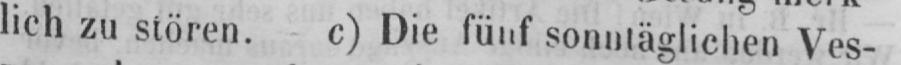
lich zu stören. c) Die fünf sonntäglichen Ves-